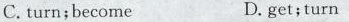
C. turn; become D. get; turn